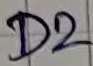
Text: D2